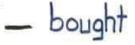
- bought